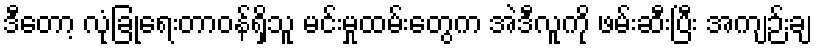
ဒီတော့ လုံခြုံရေးတာဝန်ရှိသူ မင်းမှုထမ်းတွေက အဲဒီလူကို ဖမ်းဆီးပြီး အကျဉ်းချ